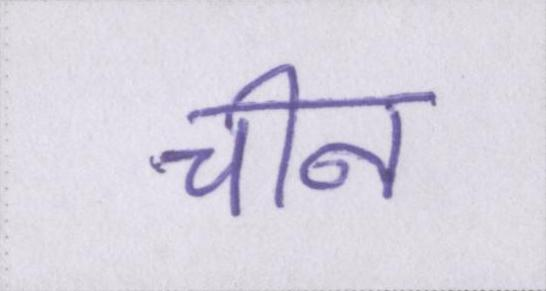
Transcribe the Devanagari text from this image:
चीन